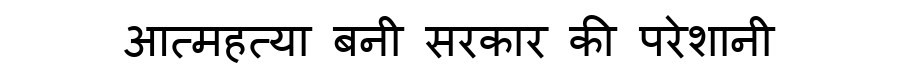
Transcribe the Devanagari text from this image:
आत्महत्या बनी सरकार की परेशानी